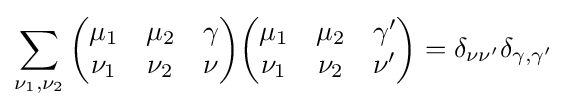
\sum _{\nu _{1},\nu _{2}}{\begin{pmatrix}\mu _{1}&\mu _{2}&\gamma \\\nu _{1}&\nu _{2}&\nu \end{pmatrix}}{\begin{pmatrix}\mu _{1}&\mu _{2}&\gamma '\\\nu _{1}&\nu _{2}&\nu '\end{pmatrix}}=\delta _{\nu \nu '}\delta _{\gamma ,\gamma '}